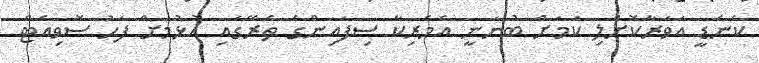
ކެނެޑީ އަވަރާކޮށްލި ކަމަށް ބުނަނީ އެމެރިކާ ސިފައިންގެ ތެރޭގައި އުޅުމަށް ފަހު ސޮވިއެޓް